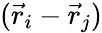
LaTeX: (\vec{r}_{i}-\vec{r}_{j})